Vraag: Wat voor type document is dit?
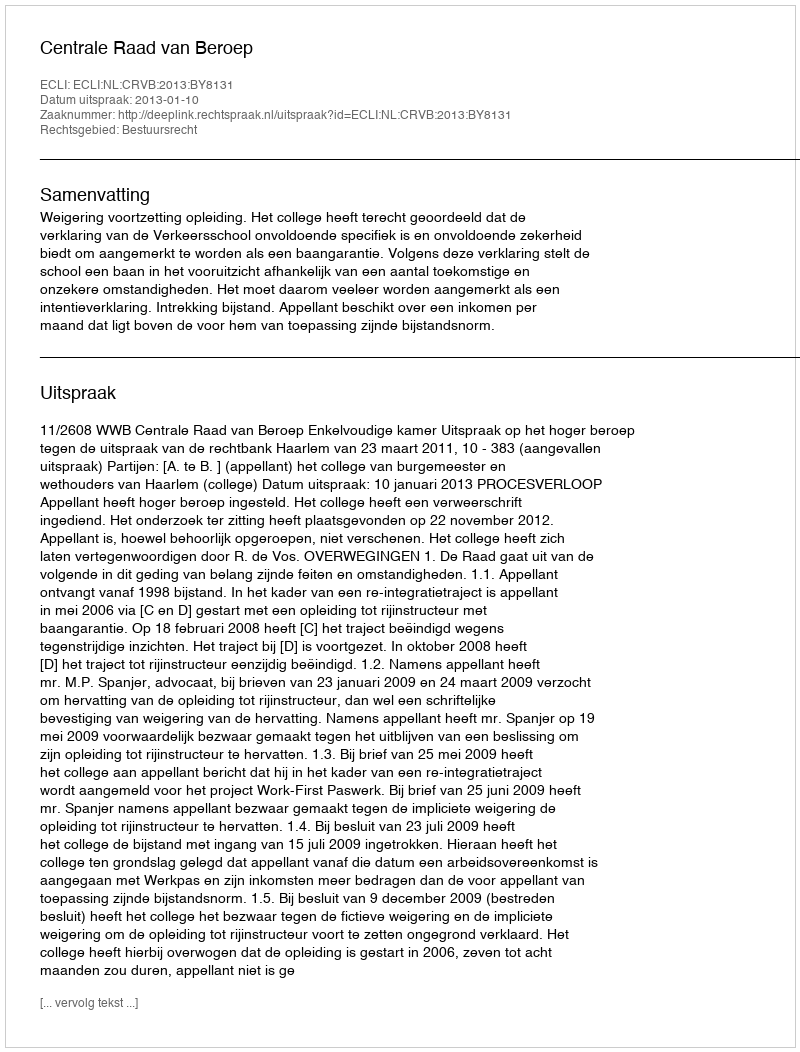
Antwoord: Uitspraak